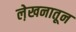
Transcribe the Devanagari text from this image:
ले़खनातून